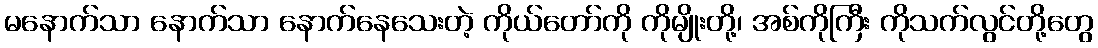
မနောက်သာ နောက်သာ နောက်နေသေးတဲ့ ကိုယ်တော်ကို ကိုမျိုးတို့၊ အစ်ကိုကြီး ကိုသက်လွင်တို့တွေ